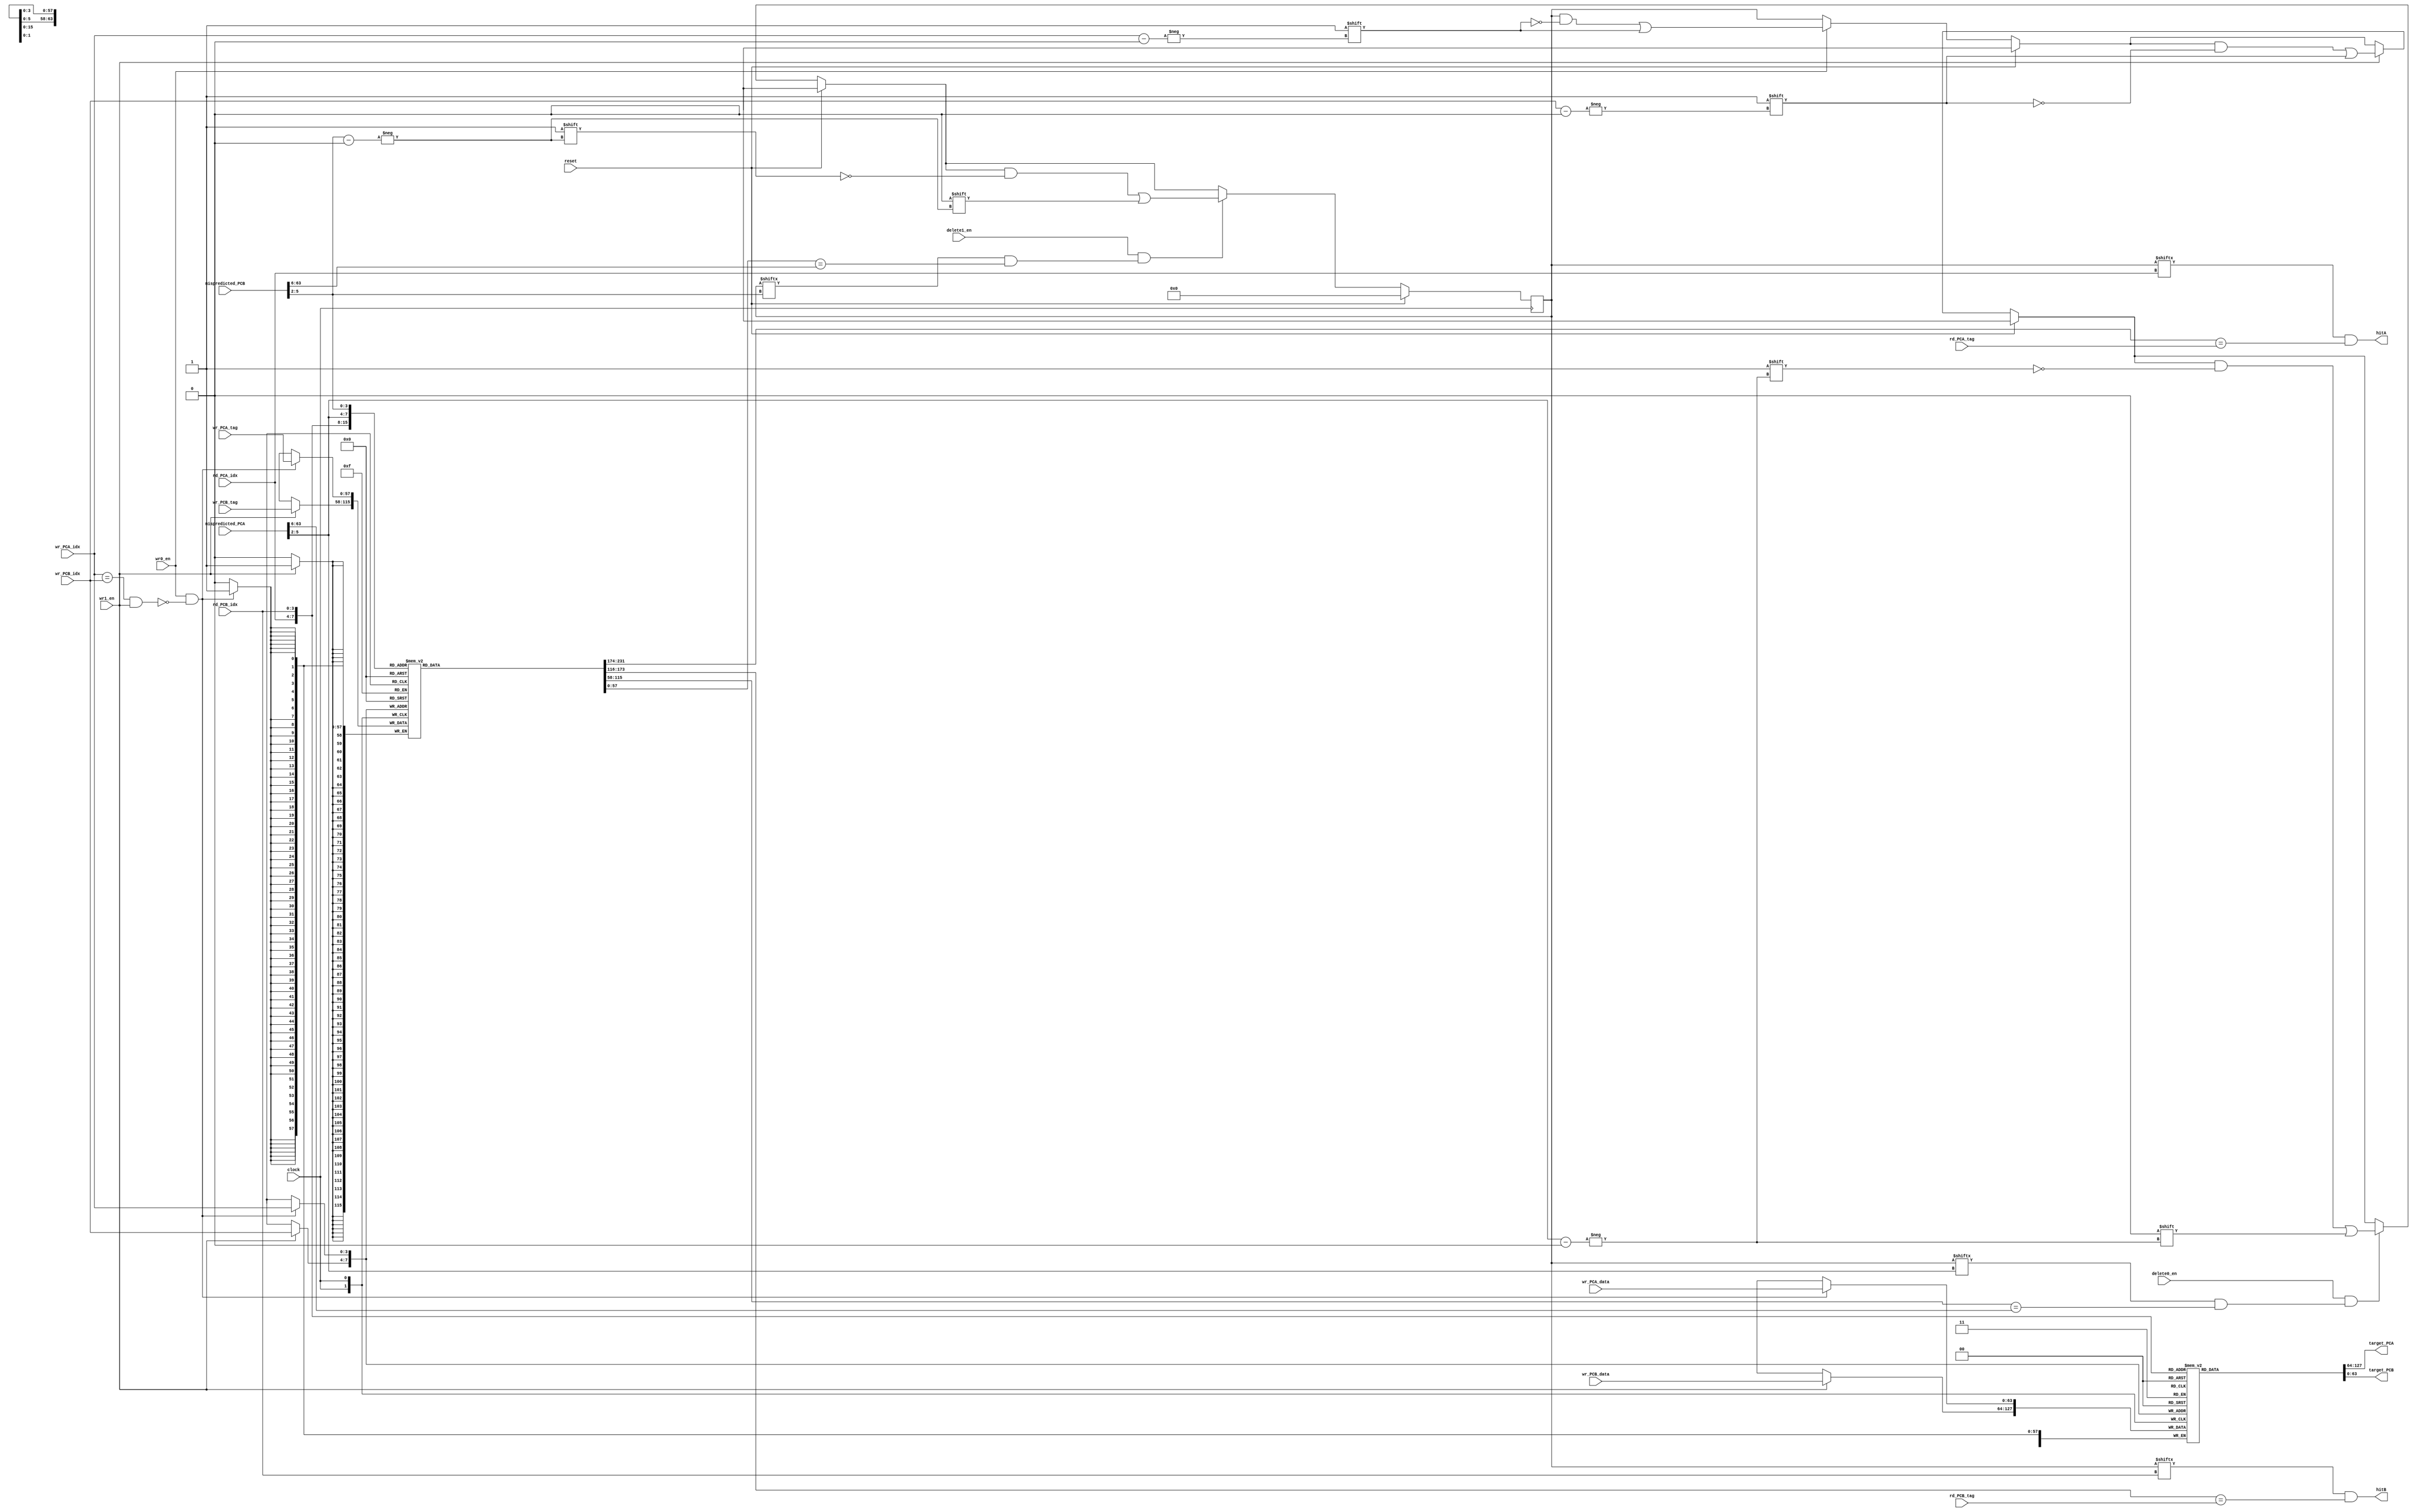
`define SD #1

// Think: read and write at the same time? internal forwarding


module BTB(
			clock, 
			reset, 
			wr0_en, 
			wr1_en, 
			delete0_en,
			delete1_en,
			wr_PCA_tag,
			wr_PCB_tag, 
			wr_PCA_idx,
			wr_PCB_idx, 
			wr_PCA_data,
                        wr_PCB_data,
			rd_PCA_tag,
	                rd_PCB_tag,
			rd_PCA_idx,
			rd_PCB_idx, 
			mispredicted_PCA,
			mispredicted_PCB,

//output
			target_PCA,
			target_PCB,
			hitA,
			hitB);
//16 lines, 64 bit data (PC address)
// 2 bit byte offset, 4 bit index (16), 58 bit tag

input clock;
input reset;
input wr0_en;
input wr1_en;
input [3:0] wr_PCA_idx;
input [3:0] rd_PCA_idx;
input [57:0] wr_PCA_tag;
input [57:0] rd_PCA_tag; //current PC address
input [63:0] wr_PCA_data; //
input [3:0] wr_PCB_idx;
input [3:0] rd_PCB_idx;
input [57:0] wr_PCB_tag;
input [57:0] rd_PCB_tag;
input [63:0] wr_PCB_data; 
input [63:0] mispredicted_PCA; //delete the entry if mispredicted 
input [63:0] mispredicted_PCB;
input	     delete0_en;
input	     delete1_en;


output [63:0] target_PCA; // data read from the cache
output [63:0] target_PCB; // data read from the cache
output hitA; //hit!
output hitB; //hit!

wire delete_hitA;
wire delete_hitB;


reg [63:0] data [15:0];
reg [57:0] tags [15:0]; 
reg [15:0] valids;

assign target_PCA = data[rd_PCA_idx];
assign target_PCB = data[rd_PCB_idx];
assign hitA = valids[rd_PCA_idx] && (tags[rd_PCA_idx] == rd_PCA_tag);
assign hitB = valids[rd_PCB_idx] && (tags[rd_PCB_idx] == rd_PCB_tag);// there is data in this line and the tag matches (hit!)
assign delete_hitA = valids[mispredicted_PCA[5:2]] && (tags[mispredicted_PCA[5:2]] == mispredicted_PCA[63:6]);// see whether PC is still here
assign delete_hitB = valids[mispredicted_PCB[5:2]] && (tags[mispredicted_PCB[5:2]] == mispredicted_PCB[63:6]);


//reg	next_valid_wr_PCA;
//reg	next_valid_wr_PCB;
//reg	next_valid_delete_PCA;
//reg	next_valid_delete_PCB;


/*always @*
begin

	next_valid_wr_PCA = valids[wr_PCA_idx];
	next_valid_wr_PCB = valids[wr_PCB_idx];
	next_valid_delete_PCA = valids[mispredicted_PCA_idx];
	next_valid_delete_PCB = valids[mispredicted_PCB_idx];

	if (wr0_en)
		next_valid_wr_PCA = 1;
	if (wr1_en)
		next_valid_wr_PCB = 1;
	if (delete0_en)
		next_valid_delete_PCA = 0;
	if (delete1_en && next_valid_delete_PCB)
		next_valid_delete_PCB = 0; 

end
*/


always @(posedge clock)
begin
  if(reset) valids <= `SD 16'b0;
  else 
    begin
	if (wr0_en) 
    		valids[wr_PCA_idx] <= `SD 1; //this line is modified, set the valid bit to be one
	if (wr1_en)
    		valids[wr_PCB_idx] <= `SD 1; 
	if (delete0_en && delete_hitA)
    		valids[mispredicted_PCA[5:2]] <= `SD 0; // this line will be delete, set the valid bit to be zero
    	if (delete1_en && delete_hitB)
		valids[mispredicted_PCB[5:2]] <= `SD 0;
    end
end





/*always @(posedge clock)
begin
  if(reset) valids <= `SD 64'b0;
  else 
    begin
    if(wr0_en) 
    valids[wr_PCA_idx] <= `SD 1; //this line is modified, set the valid bit to be one
	
    if(wr1_en) 
    valids[wr_PCB_idx] <= `SD 1; 
    end
end
*/


always @(posedge clock)
begin
  if(wr0_en && !((wr_PCA_idx == wr_PCB_idx) && wr1_en) ) // will not write at the same time
  begin
    data[wr_PCA_idx] <= `SD wr_PCA_data;
    tags[wr_PCA_idx] <= `SD wr_PCA_tag;
  end
	
  if(wr1_en)
  begin
    data[wr_PCB_idx] <= `SD wr_PCB_data;
    tags[wr_PCB_idx] <= `SD wr_PCB_tag;
  end
end

endmodule